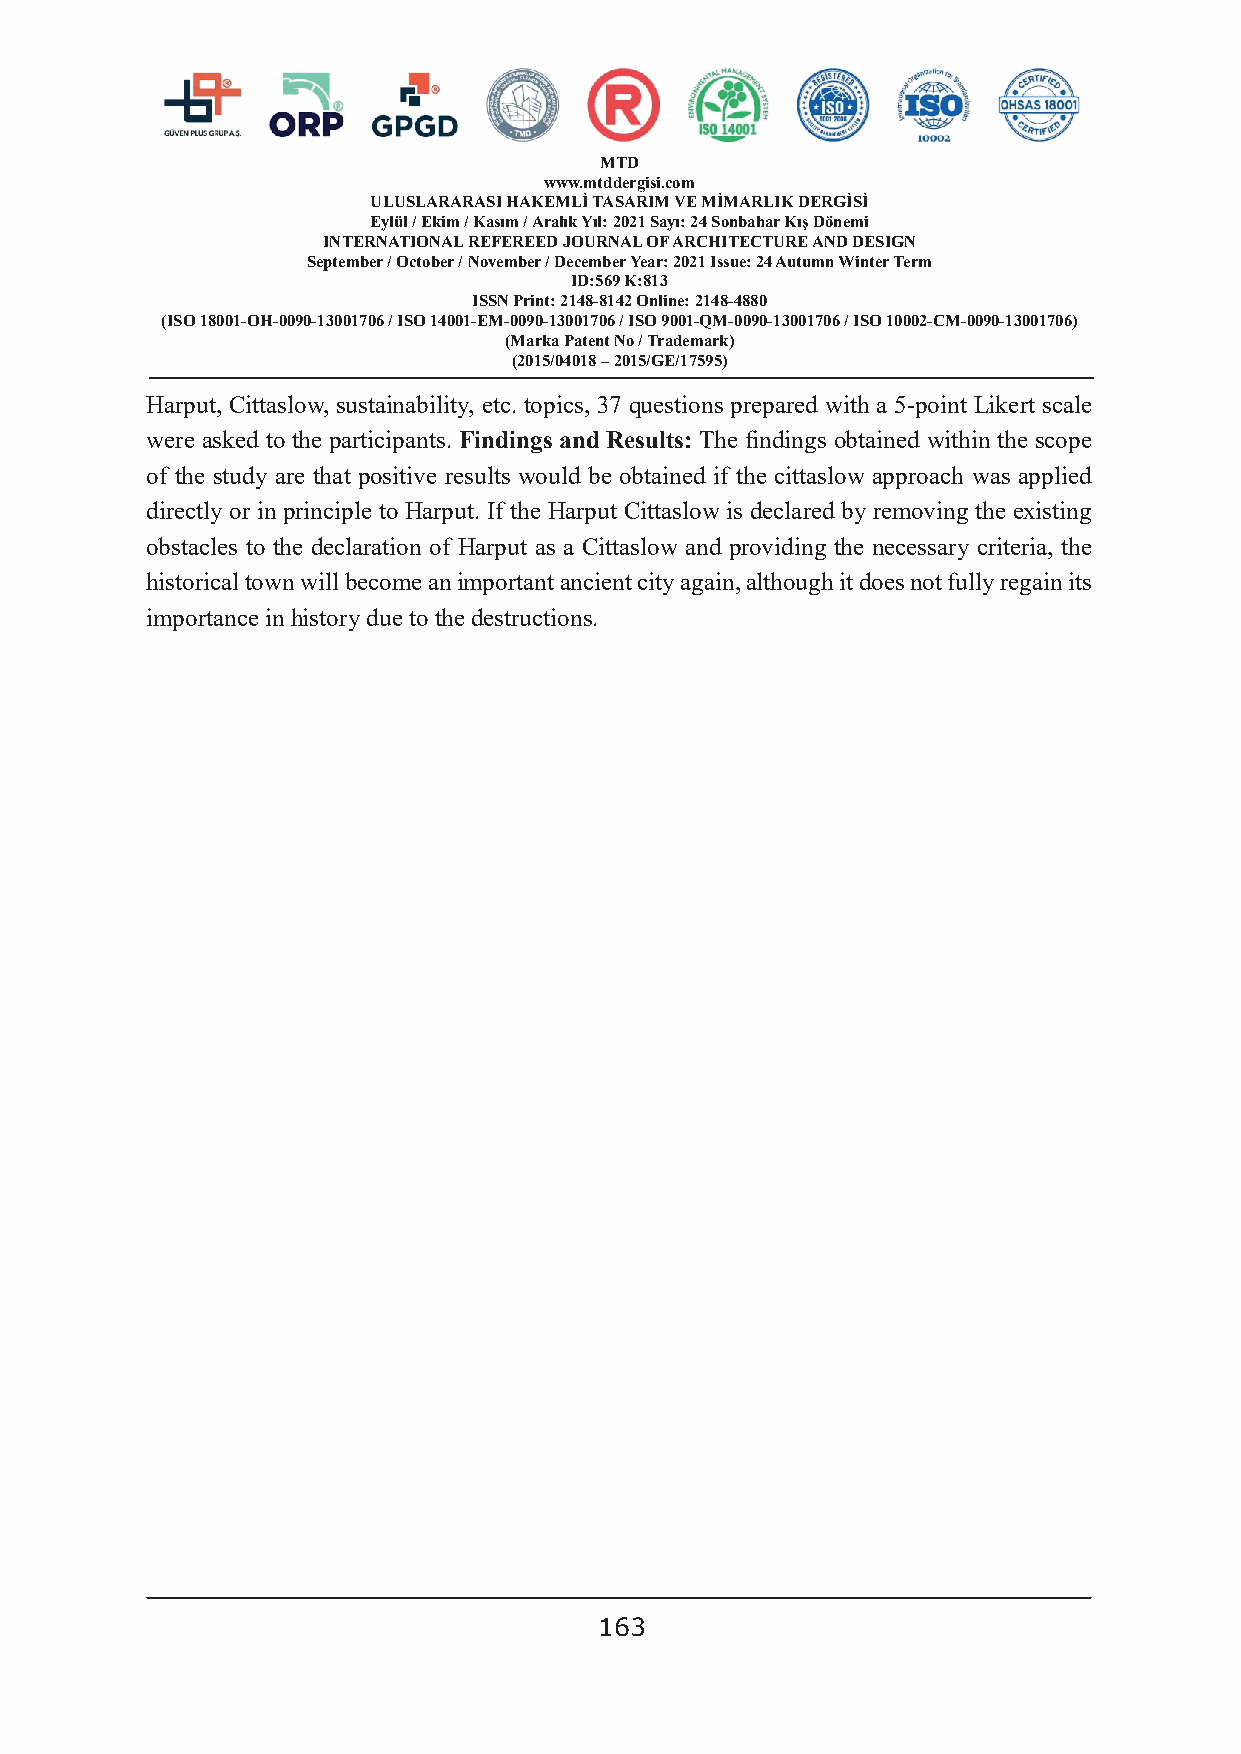
MTD
 www.mtddergisi.com
 ULUSLARARASI HAKEMLİ TASARIM VE MİMARLIK DERGİSİ
 Eylül / Ekim / Kasım / Aralık Yıl: 2021 Sayı: 24 Sonbahar Kış Dönemi
 INTERNATIONAL REFEREED JOURNAL OF ARCHITECTURE AND DESIGN
 September / October / November / December Year: 2021 Issue: 24 Autumn Winter Term
 ID:569 K:813
 ISSN Print: 2148-8142 Online: 2148-4880
 (ISO 18001-OH-0090-13001706 / ISO 14001-EM-0090-13001706 / ISO 9001-QM-0090-13001706 / ISO 10002-CM-0090-13001706)
 (Marka Patent No / Trademark)
 (2015/04018 – 2015/GE/17595)
 Harput, Cittaslow, sustainability, etc. topics, 37 questions prepared with a 5-point Likert scale
 were asked to the participants. Findings and Results: The findings obtained within the scope
 of the study are that positive results would be obtained if the cittaslow approach was applied
 directly or in principle to Harput. If the Harput Cittaslow is declared by removing the existing
 obstacles to the declaration of Harput as a Cittaslow and providing the necessary criteria, the
 historical town will become an important ancient city again, although it does not fully regain its
 importance in history due to the destructions.
 163